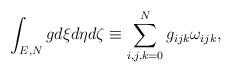
LaTeX: \begin{align*} \int_{E,N} {gd \xi d\eta d\zeta} \equiv \sum\limits_{i,j,k = 0}^N {{g_{ijk}}{\omega_{ijk}}}, \end{align*}